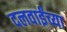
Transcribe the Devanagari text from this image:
दलवाईंच्या